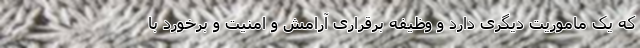
که یک ماموریت دیگری دارد و وظیفه برقراری آرامش و امنیت و برخورد با